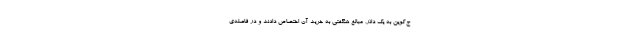
ج‌کوین به یک دلار، مبالغ هنگفتی به خرید آن اختصاص دادند و در فاصله‌ی